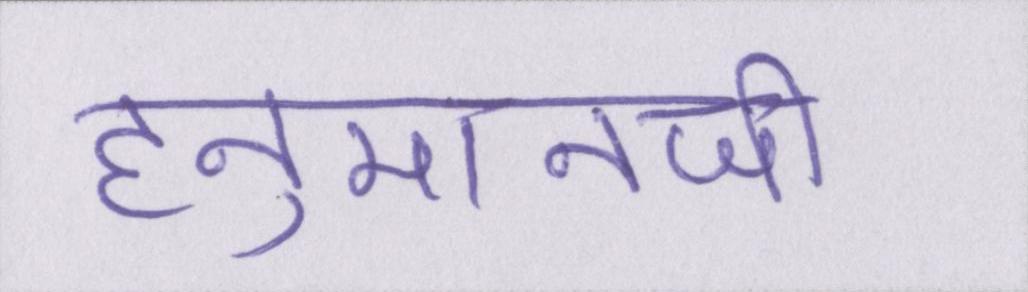
हनुमानजी